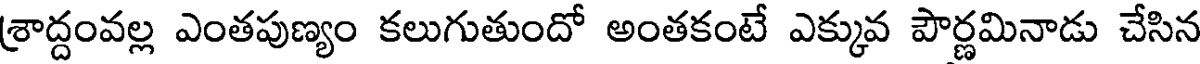
శ్రాద్దంవల్ల ఎంతపుణ్యం కలుగుతుందో అంతకంటే ఎక్కువ పౌర్ణమినాడు చేసిన